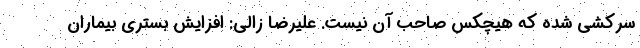
سرکشی شده که هیچکس صاحب آن نیست. علیرضا زالی: افزایش بستری بیماران